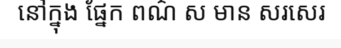
នៅក្នុង ផ្នែក ពណ៌ ស មាន សរសេរ